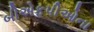
બીએફપીઓના